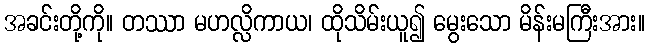
အခင်းတို့ကို။ တဿာ မဟလ္လိကာယ၊ ထိုသိမ်းယူ၍ မွေးသော မိန်းမကြီးအား။